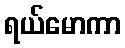
ရယ်မောကာ